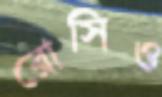
রোসিও